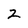
Character: 2